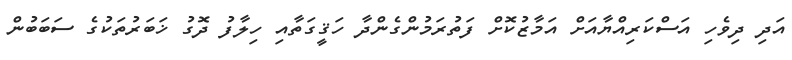
އަދި ދިވެހި އަސްކަރިއްޔާއަށް އަމާޒުކޮށް ފަތުރަމުންގެންދާ ހަަޤީގަތާއި ހިލާފު ދޮގު ޚަބަރުތަކުގެ ސަބަބުން